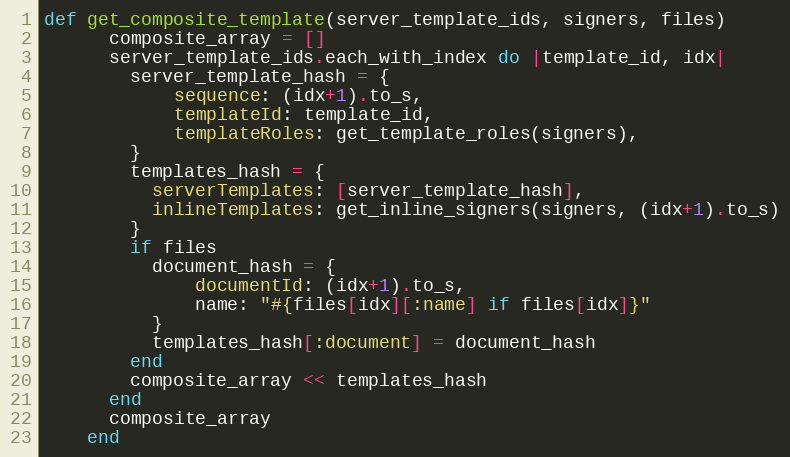
Language: Ruby
def get_composite_template(server_template_ids, signers, files)
      composite_array = []
      server_template_ids.each_with_index do |template_id, idx|
        server_template_hash = {
            sequence: (idx+1).to_s,
            templateId: template_id,
            templateRoles: get_template_roles(signers),
        }
        templates_hash = {
          serverTemplates: [server_template_hash],
          inlineTemplates: get_inline_signers(signers, (idx+1).to_s)
        }
        if files
          document_hash = {
              documentId: (idx+1).to_s,
              name: "#{files[idx][:name] if files[idx]}"
          }
          templates_hash[:document] = document_hash
        end
        composite_array << templates_hash
      end
      composite_array
    end